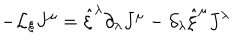
LaTeX: - { \cal L } _ { \xi } J ^ { \mu } = \hat { \xi } ^ { \lambda } \partial _ { \lambda } J ^ { \mu } - \partial _ { \lambda } \hat { \xi } ^ { \mu } J ^ { \lambda }